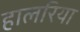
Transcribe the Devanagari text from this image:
हालरिया